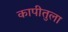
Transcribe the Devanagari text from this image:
कापीतुला